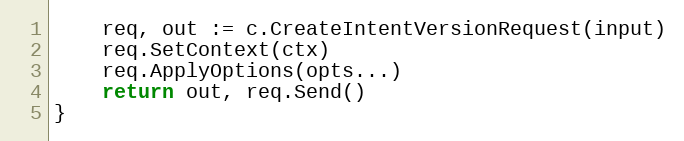
Language: Go
	req, out := c.CreateIntentVersionRequest(input)
	req.SetContext(ctx)
	req.ApplyOptions(opts...)
	return out, req.Send()
}